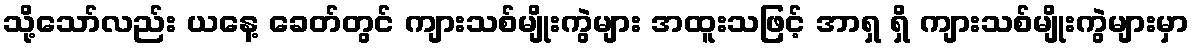
သို့သော်လည်း ယနေ့ ခေတ်တွင် ကျားသစ်မျိုးကွဲများ အထူးသဖြင့် အာရှ ရှိ ကျားသစ်မျိုးကွဲများမှာ